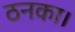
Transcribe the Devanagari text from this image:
ठनका।